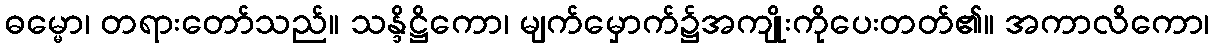
ဓမ္မော၊ တရားတော်သည်။ သန္ဒိဋ္ဌိကော၊ မျက်မှောက်၌အကျိုးကိုပေးတတ်၏။ အကာလိကော၊